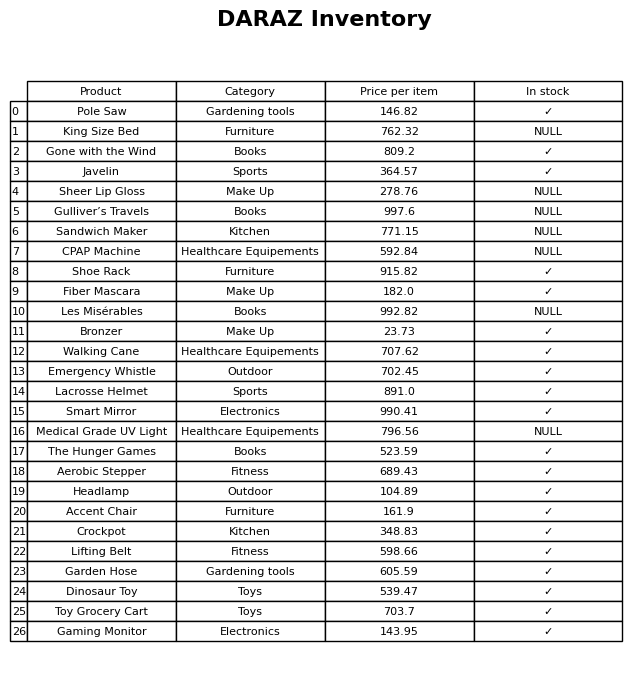
question: What is the price for Accent Chair?
answer: The price of Accent Chair is 161.9.